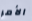
الأمر